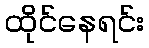
ထိုင်နေရင်း